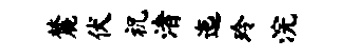
麓伏祝渚迤玲浣